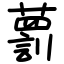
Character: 藅